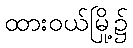
ထားဝယ်မြို့၌